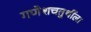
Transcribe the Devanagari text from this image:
गणेशचतुर्थीला